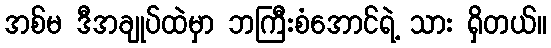
အစ်မ ဒီအချုပ်ထဲမှာ ဘကြီးစံအောင်ရဲ့ သား ရှိတယ်။